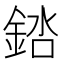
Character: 𬫠